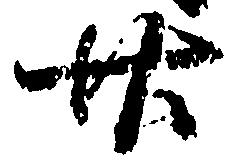
廿